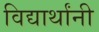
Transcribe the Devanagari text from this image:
विद्यार्थांनी